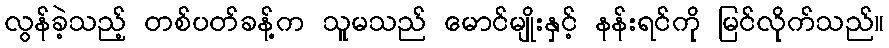
လွန်ခဲ့သည့် တစ်ပတ်ခန့်က သူမသည် မောင်မျိုးနှင့် နန်းရင်ကို မြင်လိုက်သည်။